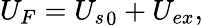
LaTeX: U_{F}={U_{s}}_{0}+U_{ex},